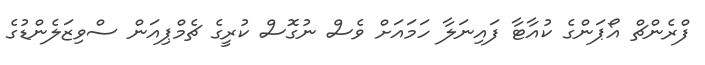
ފްރެންޗް އޯޕަންގެ ކުއާޓާ ފައިނަލާ ހަމައަށް ވެސް ނުގޮސް ކުރީގެ ޗެމްޕިއަން ސްވިޒަލެންޑުގެ